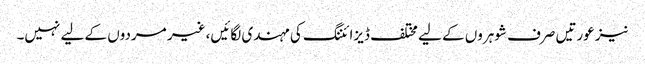
نیز عورتیں صرف شوہروں کے لیے مختلف ڈیزائننگ کی مہندی لگائیں، غیر مردوں کے لیے نہیں۔